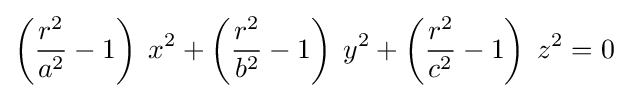
\left({\frac {r^{2}}{a^{2}}}-1\right)\;x^{2}+\left({\frac {r^{2}}{b^{2}}}-1\right)\;y^{2}+\left({\frac {r^{2}}{c^{2}}}-1\right)\;z^{2}=0\